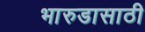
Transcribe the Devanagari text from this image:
भारुडासाठी